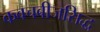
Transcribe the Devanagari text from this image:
कवचबीजसिद्ध